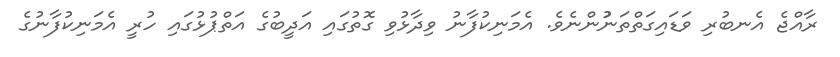
ރާއްޖެ އެނބުރި ވަޑައިގަތްތަނުުންނެވެ. އެމަނިކުފާނު ވިދާޅުވި ގޮތުގައި އަދީބުގެ އަތްޕުޅުގައި ހުރީ އެމަނިކުފާނުގެ